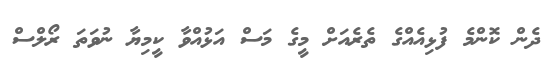
ދެން ކޮންމެ ފުޅިއެއްގެ ތެރެއަށް މީގެ މަސް އަޅުއްވާ ކީމިޔާ ނުވަތަ ރޯލްސް